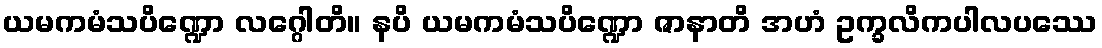
ယမကမံသပိဏ္ဍော လဂ္ဂေါတိ။ နပိ ယမကမံသပိဏ္ဍော ဇာနာတိ အဟံ ဥက္ခလိကပါလပဿေ